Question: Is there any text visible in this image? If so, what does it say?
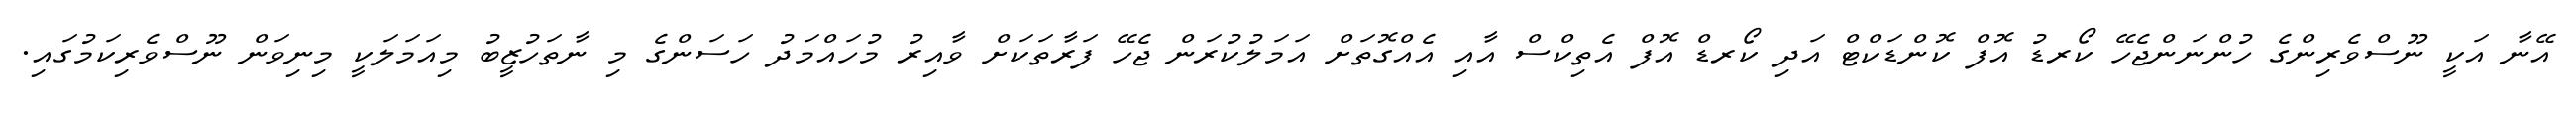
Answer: އޭނާ އަކީ ނޫސްވެރިންގެ ހުންނަންޖެހޭ ކޯރޑު އޮފް ކޮންޑަކްޓް އަދި ކޯރޑް އޮފް އެތިކްސް އާއި އެއްގޮތަށް އަމަލުކުރަން ޖެހޭ ފަރާތަކަށް ވާއިރު މުހައްމަދު ހަސަންގެ މި ނާތަހުޒީބު މިއަމަލަކީ މިނިވަން ނޫސްވެރިކަމުގައި.